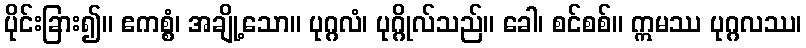
ပိုင်းခြား၍။ ဧကစ္စံ၊ အချို့သော။ ပုဂ္ဂလံ၊ ပုဂ္ဂိုလ်သည်။ ခေါ၊ စင်စစ်။ ဣမဿ ပုဂ္ဂလဿ၊